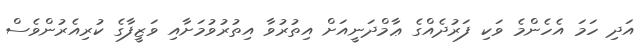
އަދި ހަމަ އެހެންމެ ވަކި ފަރުދެއްގެ ޢާމްދަނީއަށް އިތުރުވާ އިތުރުވުމަށާއި ވަޒީފާގެ ކުރިއެރުންވެސް